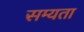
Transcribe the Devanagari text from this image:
सम्यता